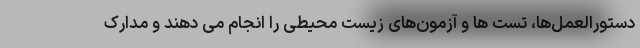
دستورالعمل‌ها، تست ها و آزمون‌های زیست محیطی را انجام می دهند و مدارک